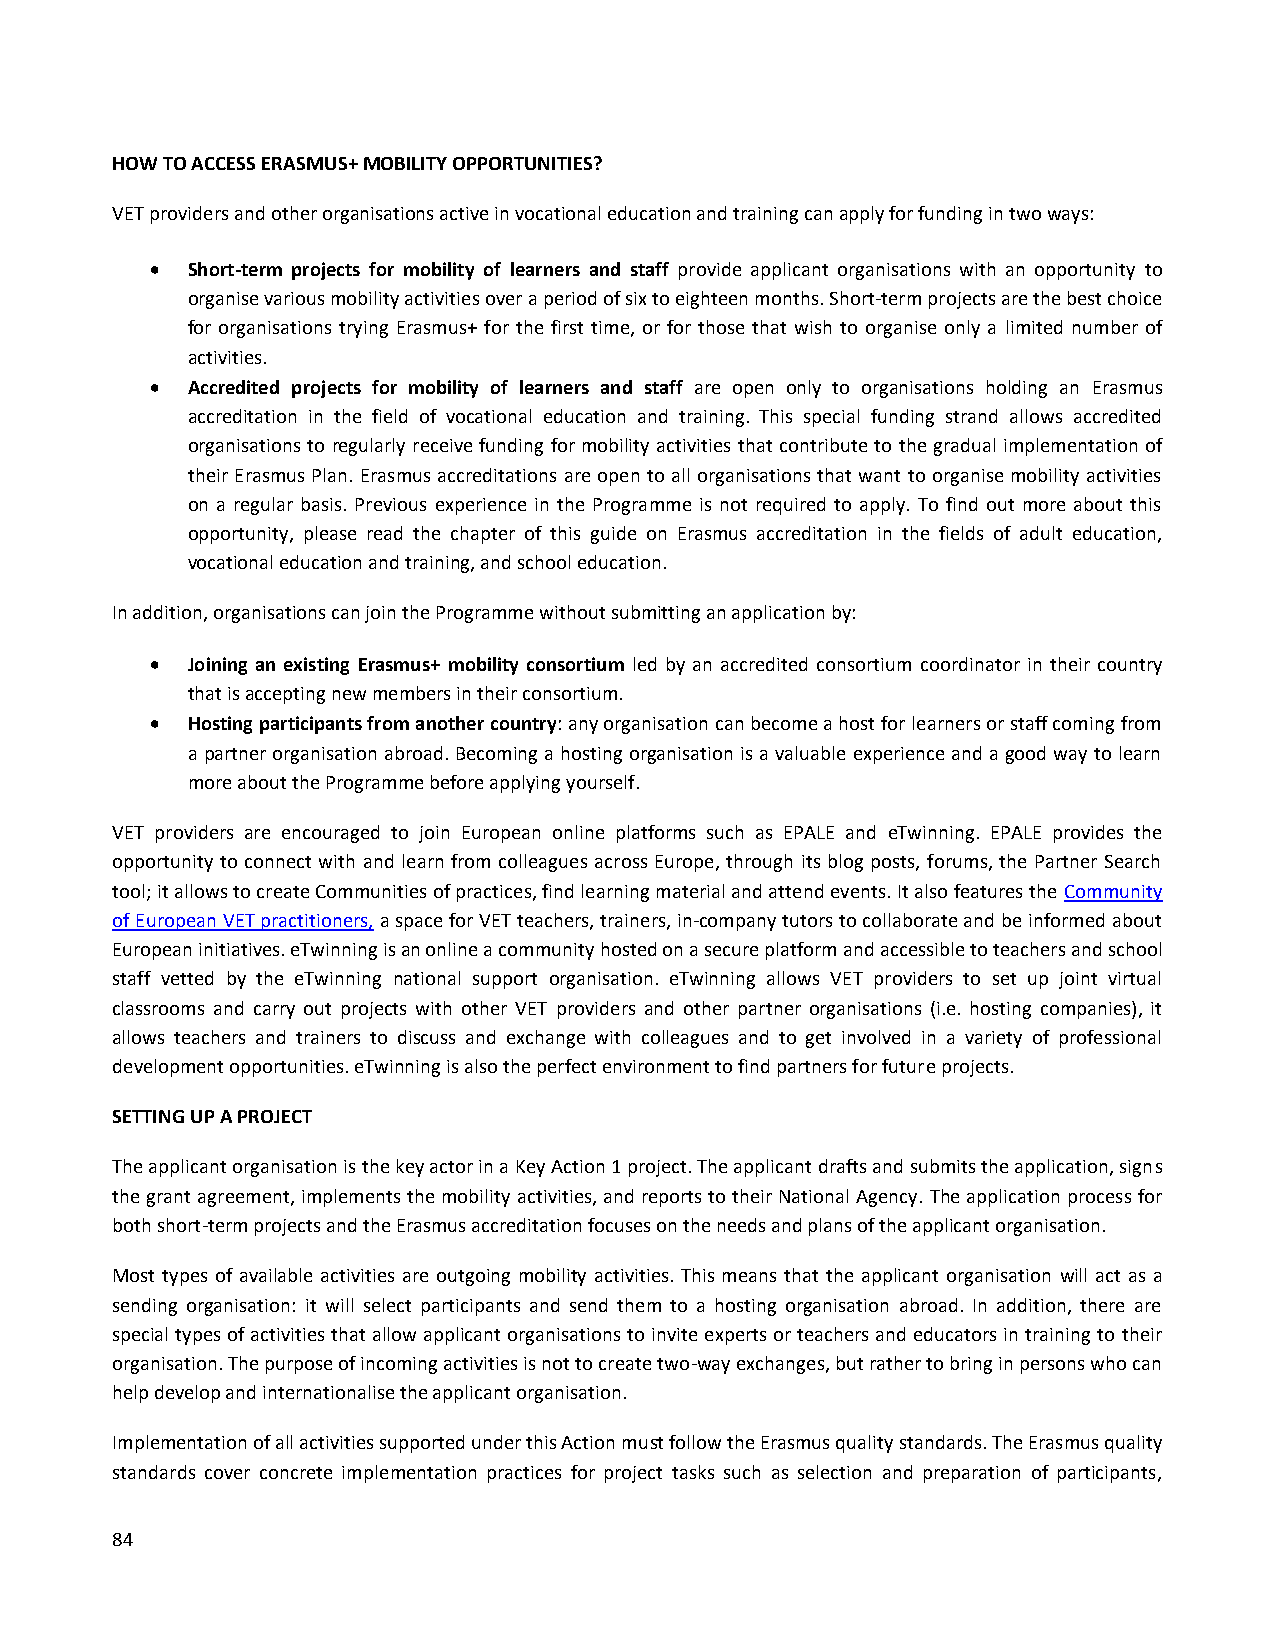
HOW TO ACCESS ERASMUS+ MOBILITY OPPORTUNITIES?
 VET providers and other organisations active in vocational education and training can apply for funding in two ways:
  Short-term projects for mobility of learners and staff provide applicant organisations with an opportunity to
 organise various mobility activities over a period of six to eighteen months. Short-term projects are the best choice
 for organisations trying Erasmus+ for the first time, or for those that wish to organise only a limited number of
 activities.
  Accredited projects for mobility of learners and staff are open only to organisations holding an Erasmus
 accreditation in the field of vocational education and training. This special funding strand allows accredited
 organisations to regularly receive funding for mobility activities that contribute to the gradual implementation of
 their Erasmus Plan. Erasmus accreditations are open to all organisations that want to organise mobility activities
 on a regular basis. Previous experience in the Programme is not required to apply. To find out more about this
 opportunity, please read the chapter of this guide on Erasmus accreditation in the fields of adult education,
 vocational education and training, and school education.
 In addition, organisations can join the Programme without submitting an application by:
  Joining an existing Erasmus+ mobility consortium led by an accredited consortium coordinator in their country
 that is accepting new members in their consortium.
  Hosting participants from another country: any organisation can become a host for learners or staff coming from
 a partner organisation abroad. Becoming a hosting organisation is a valuable experience and a good way to learn
 more about the Programme before applying yourself.
 VET providers are encouraged to join European online platforms such as EPALE and eTwinning. EPALE provides the
 opportunity to connect with and learn from colleagues across Europe, through its blog posts, forums, the Partner Search
 tool; it allows to create Communities of practices, find learning material and attend events. It also features the Community
 of European VET practitioners, a space for VET teachers, trainers, in-company tutors to collaborate and be informed about
 European initiatives. eTwinning is an online a community hosted on a secure platform and accessible to teachers and school
 staff vetted by the eTwinning national support organisation. eTwinning allows VET providers to set up joint virtual
 classrooms and carry out projects with other VET providers and other partner organisations (i.e. hosting companies), it
 allows teachers and trainers to discuss and exchange with colleagues and to get involved in a variety of professional
 development opportunities. eTwinning is also the perfect environment to find partners for future projects.
 SETTING UP A PROJECT
 The applicant organisation is the key actor in a Key Action 1 project. The applicant drafts and submits the application, signs
 the grant agreement, implements the mobility activities, and reports to their National Agency. The application process for
 both short-term projects and the Erasmus accreditation focuses on the needs and plans of the applicant organisation.
 Most types of available activities are outgoing mobility activities. This means that the applicant organisation will act as a
 sending organisation: it will select participants and send them to a hosting organisation abroad. In addition, there are
 special types of activities that allow applicant organisations to invite experts or teachers and educators in training to their
 organisation. The purpose of incoming activities is not to create two-way exchanges, but rather to bring in persons who can
 help develop and internationalise the applicant organisation.
 Implementation of all activities supported under this Action must follow the Erasmus quality standards. The Erasmus quality
 standards cover concrete implementation practices for project tasks such as selection and preparation of participants,
 84